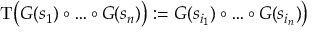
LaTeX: \mathrm { T } \bigl ( G ( s _ { 1 } ) \circ \dots \circ G ( s _ { n } ) \bigr ) : = G ( s _ { i _ { 1 } } ) \circ \dots \circ G ( s _ { i _ { n } } ) \bigr )